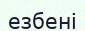
езбені